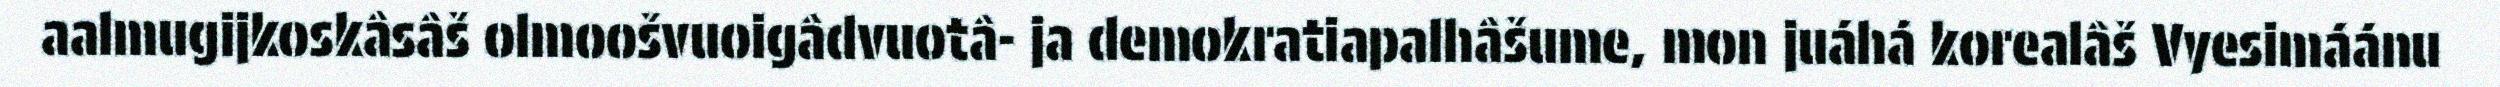
aalmugijkoskâsâš olmoošvuoigâdvuotâ- ja demokratiapalhâšume, mon juáhá korealâš Vyesimáánu